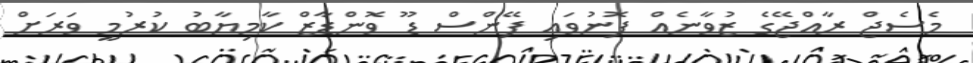
މެސެޖް ރާއްޖޭގެ ޒުވާނެއް ފޮނުވައި ފޭންސް ޑޫ ވޮންޑާޒް ކާމިޔާބު ކުރުމީ ވަރަށް